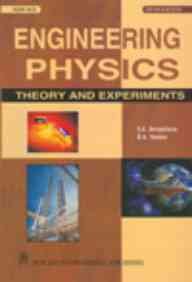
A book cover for Engineering Physics Theory and Experiments; S. K. Srivastava; Science & Math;